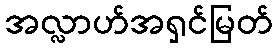
အလ္လာဟ်အရှင်မြတ်